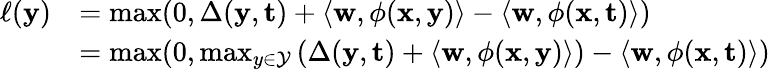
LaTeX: {\begin{array}{rl}{\ell(\mathbf{y})}&{=\operatorname*{max}(0,\Delta(\mathbf{y},\mathbf{t})+\langle\mathbf{w},\phi(\mathbf{x},\mathbf{y})\rangle-\langle\mathbf{w},\phi(\mathbf{x},\mathbf{t})\rangle)}\\ &{=\operatorname*{max}(0,\operatorname*{max}_{y\in{\mathcal{Y}}}\left(\Delta(\mathbf{y},\mathbf{t})+\langle\mathbf{w},\phi(\mathbf{x},\mathbf{y})\rangle\right)-\langle\mathbf{w},\phi(\mathbf{x},\mathbf{t})\rangle)}\end{array}}